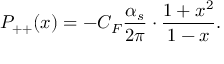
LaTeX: P _ { + + } ( x ) = - C _ { F } { \frac { \alpha _ { s } } { 2 \pi } } \cdot { \frac { 1 + x ^ { 2 } } { 1 - x } } .